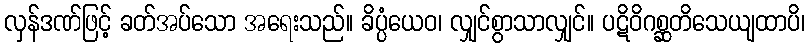
လှန်ဒဏ်ဖြင့် ခတ်အပ်သော အရေးသည်။ ခိပ္ပံယေဝ၊ လျှင်စွာသာလျှင်။ ပဋိဝိဂစ္ဆတိသေယျထာပိ၊